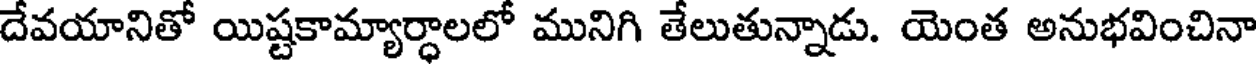
దేవయానితో యిష్టకామ్యార్ధాలలో మునిగి తేలుతున్నాడు. యెంత అనుభవించినా